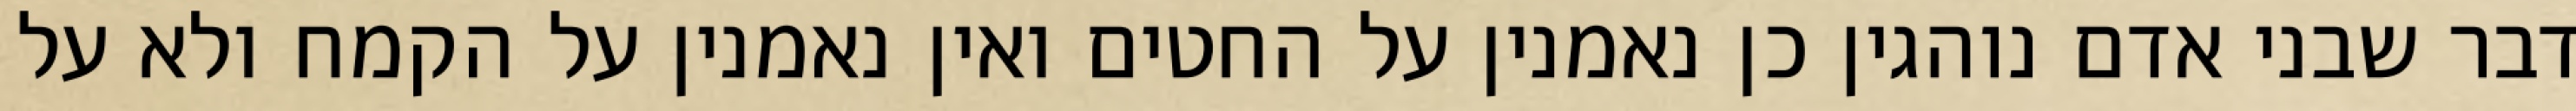
דבר שבני אדם נוהגין כן נאמנין על החטים ואין נאמנין על הקמח ולא על